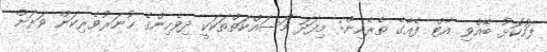
ފަހުކޮޅު ބޭއްވި އާޓް ފެއާގެ ތެރެއިން: މިފަދަ މަސައްކަތްތަކަކީ ދިވެހިންގެ ހުނަރުވެރިކަން ވަރަށް